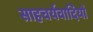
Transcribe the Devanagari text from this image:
साहचर्यवादियों